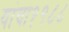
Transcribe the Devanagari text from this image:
यांचा१९८८